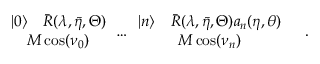
\begin{array} { c } { { | 0 \rangle \quad \bar { R } ( \lambda , \bar { \eta } , \Theta ) } } \\ { { M \cos ( \nu _ { 0 } ) } } \end{array} \dots \begin{array} { c } { { | n \rangle \quad \bar { R } ( \lambda , \bar { \eta } , \Theta ) a _ { n } ( \eta , \theta ) } } \\ { { M \cos ( \nu _ { n } ) } } \end{array} \quad .